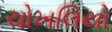
ચોખલિયો